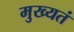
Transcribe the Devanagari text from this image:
मुख्यतं